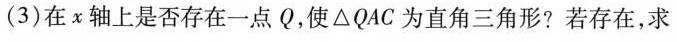
(3) 在x轴上是否存在一点Q，使\triangle QAC为直角三角形?若存在，求